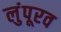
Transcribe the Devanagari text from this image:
लुंपूरव